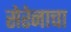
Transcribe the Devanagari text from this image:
सेरेनाचा